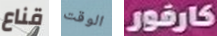
قناع الوقت كارفور